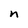
Character: n